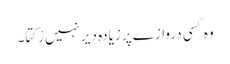
وہ کسی دروازے پر زیادہ دیر نہیں رْکتا۔